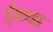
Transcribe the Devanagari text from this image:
ईथ्था